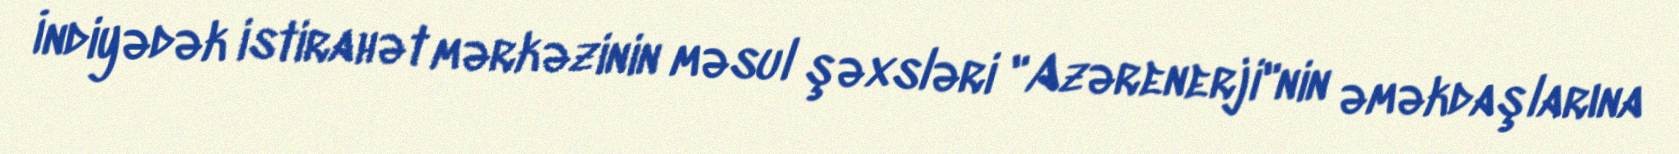
İndiyədək istirahət mərkəzinin məsul şəxsləri "Azərenerji"nin əməkdaşlarına